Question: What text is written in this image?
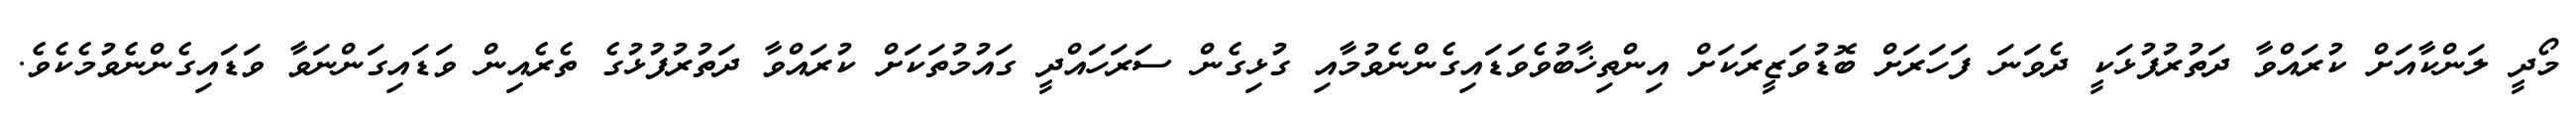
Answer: މޯދީ ލަންކާއަށް ކުރައްވާ ދަތުރުފުޅަކީ ދެވަނަ ފަހަރަށް ބޮޑުވަޒީރަކަށް އިންތިޚާބުވެވަޑައިގެންނެވުމާއި ގުޅިގެން ސަރަހައްދީ ގައުމުތަކަށް ކުރައްވާ ދަތުރުފުޅުގެ ތެރެއިން ވަޑައިގަންނަވާ ވަޑައިގެންނެވުމެކެވެ.